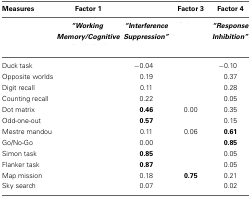
<table><thead><tr><td><b>Measures</b></td><td><b>Factor 1</b></td><td>[EMPTY_CELL]</td><td><b>Factor 3</b></td><td><b>Factor 4</b></td></tr></thead><tbody><tr><td>[EMPTY_CELL]</td><td>[EMPTY_CELL]</td><td><b><i>“Interference Suppression”</i></b></td><td>[EMPTY_CELL]</td><td><b><i>“Response Inhibition”</i></b></td></tr><tr><td>Duck task</td><td>[EMPTY_CELL]</td><td>−0.04</td><td>[EMPTY_CELL]</td><td>−0.10</td></tr><tr><td>Opposite worlds</td><td>[EMPTY_CELL]</td><td>0.19</td><td>[EMPTY_CELL]</td><td>0.37</td></tr><tr><td>Digit recall</td><td>[EMPTY_CELL]</td><td>0.11</td><td>[EMPTY_CELL]</td><td>0.28</td></tr><tr><td>Counting recall</td><td>[EMPTY_CELL]</td><td>0.22</td><td>[EMPTY_CELL]</td><td>0.05</td></tr><tr><td>Dot matrix</td><td>[EMPTY_CELL]</td><td><b>0.46</b></td><td>0.00</td><td>0.35</td></tr><tr><td>Odd-one-out</td><td>[EMPTY_CELL]</td><td><b>0.57</b></td><td>[EMPTY_CELL]</td><td>0.15</td></tr><tr><td>Mestre mandou</td><td>[EMPTY_CELL]</td><td>0.11</td><td>0.06</td><td><b>0.61</b></td></tr><tr><td>Go/No-Go</td><td>[EMPTY_CELL]</td><td>0.00</td><td>[EMPTY_CELL]</td><td><b>0.85</b></td></tr><tr><td>Simon task</td><td>[EMPTY_CELL]</td><td><b>0.85</b></td><td>[EMPTY_CELL]</td><td>0.05</td></tr><tr><td>Flanker task</td><td>[EMPTY_CELL]</td><td><b>0.87</b></td><td>[EMPTY_CELL]</td><td>0.05</td></tr><tr><td>Map mission</td><td>[EMPTY_CELL]</td><td>0.18</td><td><b>0.75</b></td><td>0.21</td></tr><tr><td>Sky search</td><td>[EMPTY_CELL]</td><td>0.07</td><td>[EMPTY_CELL]</td><td>0.02</td></tr></tbody></table>